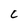
Character: C